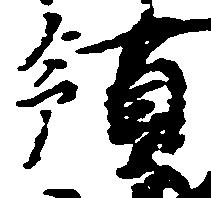
領